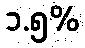
၁.၅%